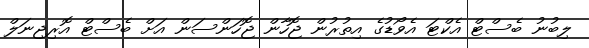
ލިބުނު ބެސްޓް އެކްޓަ އެވޯޑުގެ އިތުރުން ޖޮހާން ޖޮހަންސަން އަށް ބެސްޓް އޮރިޖިނަލް